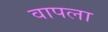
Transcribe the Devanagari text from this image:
वापला